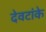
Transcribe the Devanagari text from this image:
देवटांके